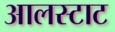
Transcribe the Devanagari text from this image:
आलस्टाट